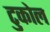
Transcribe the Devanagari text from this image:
टुकोल